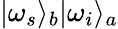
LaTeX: \vert\omega_{s}\rangle_{b}\vert\omega_{i}\rangle_{a}